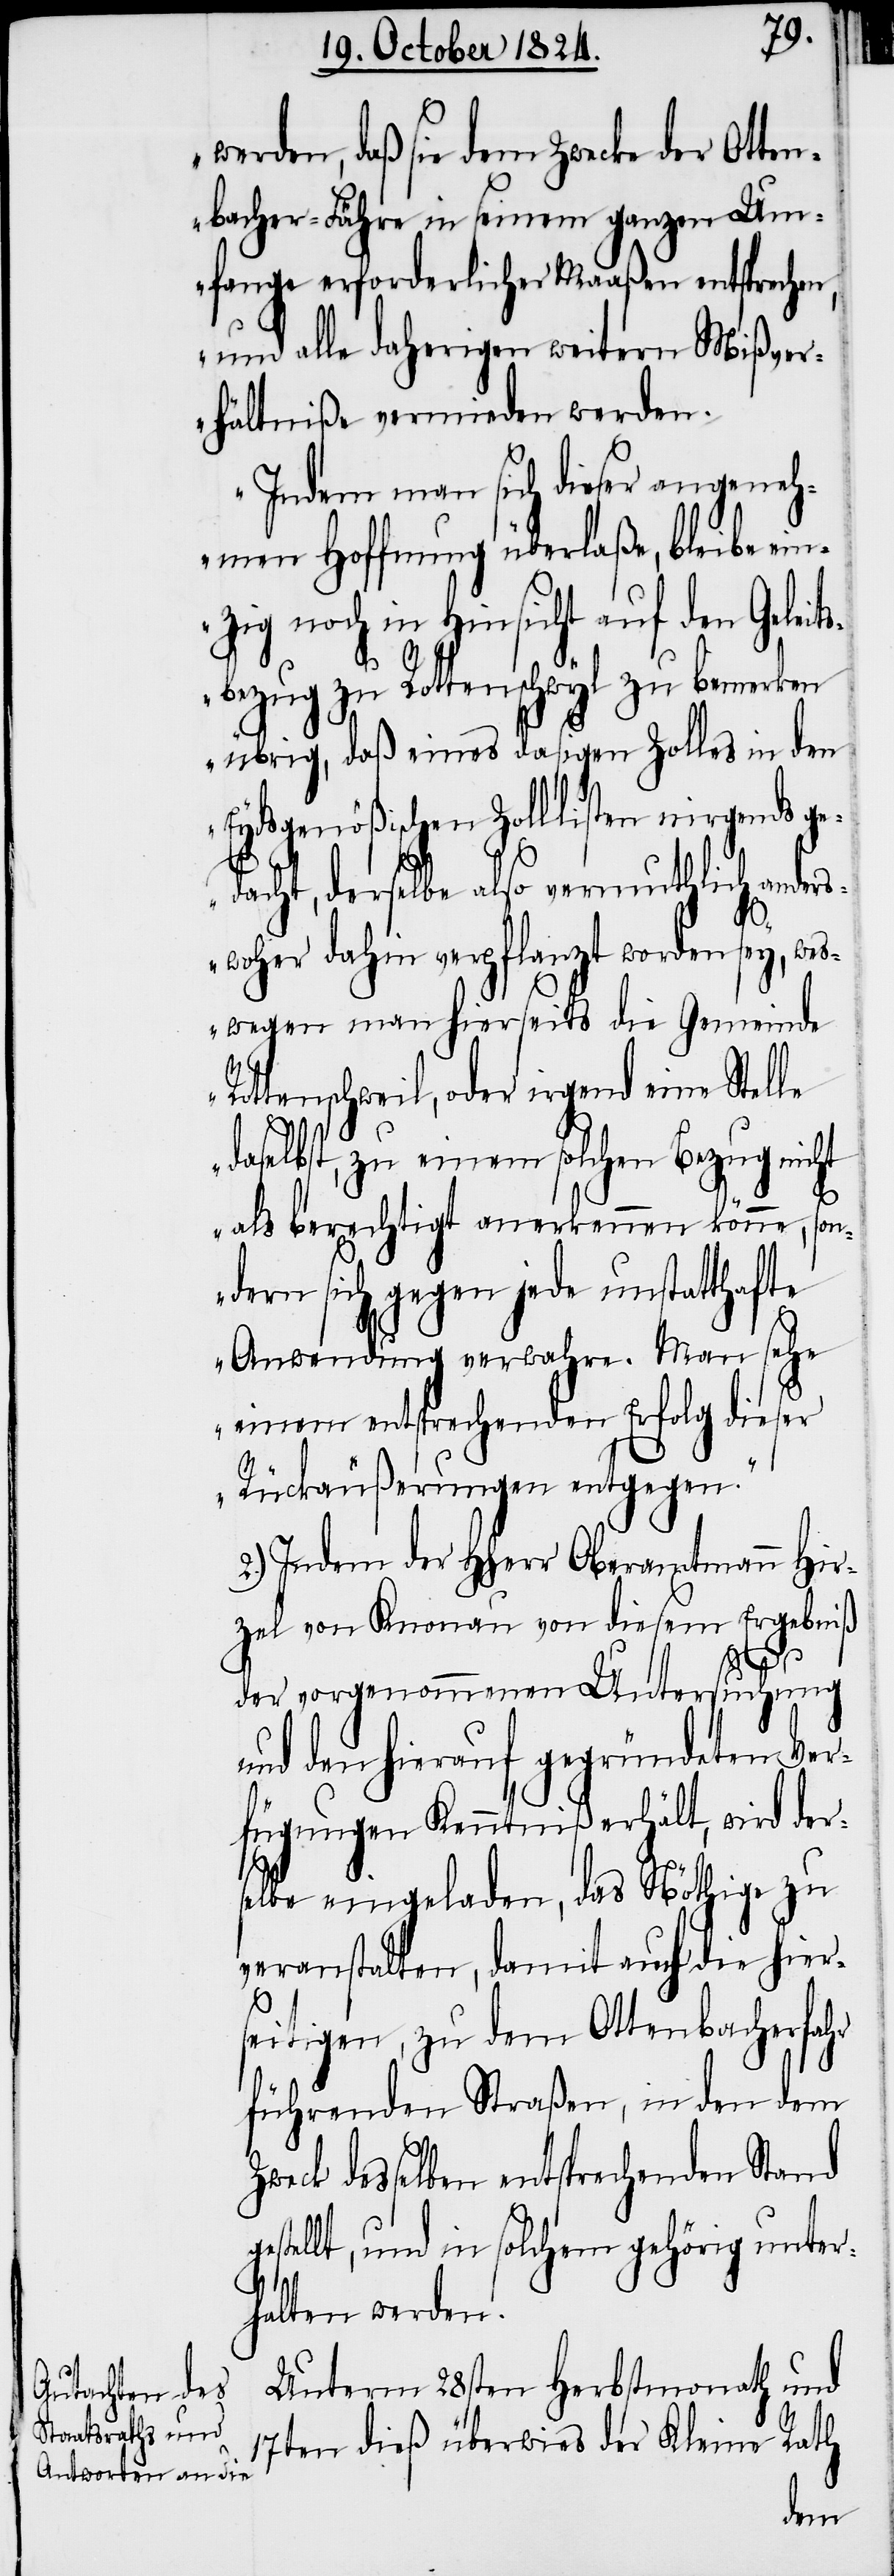
werden, daß sie dem Zwecke der Otten¬
bacher-Fähre in seinem ganzen Um¬
fange erforderlicher Maaßen entsprechen,
und alle daherigen weitern Mißve¬
rhältniße vermieden werden.
Indem man sich dieser angeneh¬
men Hoffnung überlaße, bleibe ein¬
zig noch in Hinsicht auf den Gelei¬
sbezug zu Rottenschwyl zu bemerken
übrig, daß eines dasigen Zolles in den
Eydsgenößischen Zolllisten nirgends ge¬
dacht, derselbe also vermuthlich ander¬
swoher dahin verpflanzt worden sey, wes¬
wegen man hierseits die Gemeinde
Rottenschweil, oder irgend eine Ste¬
daselbst, zu einem solchen Bezug nicht
als berechtigt anerkennen könne, son¬
dern sich gegen jede unstatthafte
Anwendung verwahre. Man sehe
einem entsprechenden Erfolg dieser
Rückäußerungen entgegen.“
2.) Indem der HHerr Oberamtmann Hir¬
zel von Knonau von diesem Ergebniß
lle
der vorgenommenen Untersuchung
und den hierauf gegründeten Ver¬
fügungen Kenntniß erhält, wird ders¬
elbe eingeladen, das Nöthige zu
veranstalten, damit auch die hier¬
seitigen, zu dem Ottenbacherfahr
führenden Straßen, in den dem
weck desselben entsprechenden Stand
estellt, und in solchem gehörig unter¬
g¬
halten werden.
Unterm 28sten Herbstmonath und
17ten dieß überwies der Kleine Rath